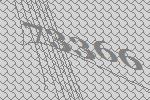
73366